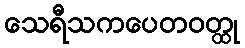
သေရီသကပေတဝတ္ထု